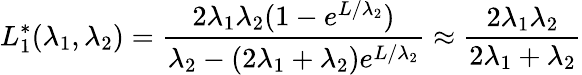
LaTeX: L_{1}^{*}(\lambda_{1},\lambda_{2})=\frac{2\lambda_{1}\lambda_{2}(1-e^{L/\lambda_{2}})}{\lambda_{2}-(2\lambda_{1}+\lambda_{2})e^{L/\lambda_{2}}}\approx\frac{2\lambda_{1}\lambda_{2}}{2\lambda_{1}+\lambda_{2}}